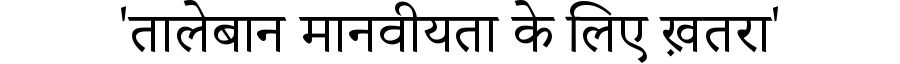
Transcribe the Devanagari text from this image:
'तालेबान मानवीयता के लिए ख़तरा'